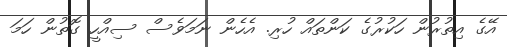
އޭގެ އިތުރުން ހަކުރުގެ ކަންތައް ހުރި. އެހެން ނަމަވެސް ސިއްހީ ގޮތުން ހަމަ